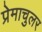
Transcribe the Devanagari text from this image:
प्रेमाचुलर